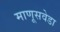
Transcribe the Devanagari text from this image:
माणूसवेडा